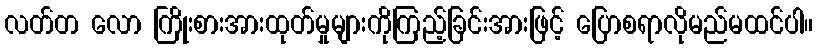
လတ်တ လော ကြိုးစားအားထုတ်မှုများကိုကြည့်ခြင်းအားဖြင့် ပြောစရာလိုမည်မထင်ပါ။